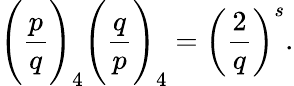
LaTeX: {\Bigg(}{\frac{p}{q}}{\Bigg)}_{4}{\Bigg(}{\frac{q}{p}}{\Bigg)}_{4}=\left({\frac{2}{q}}\right)^{s}.